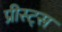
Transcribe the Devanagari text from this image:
प्रीस्ट्स